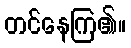
တင်နေကြ၏။